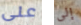
على إلى